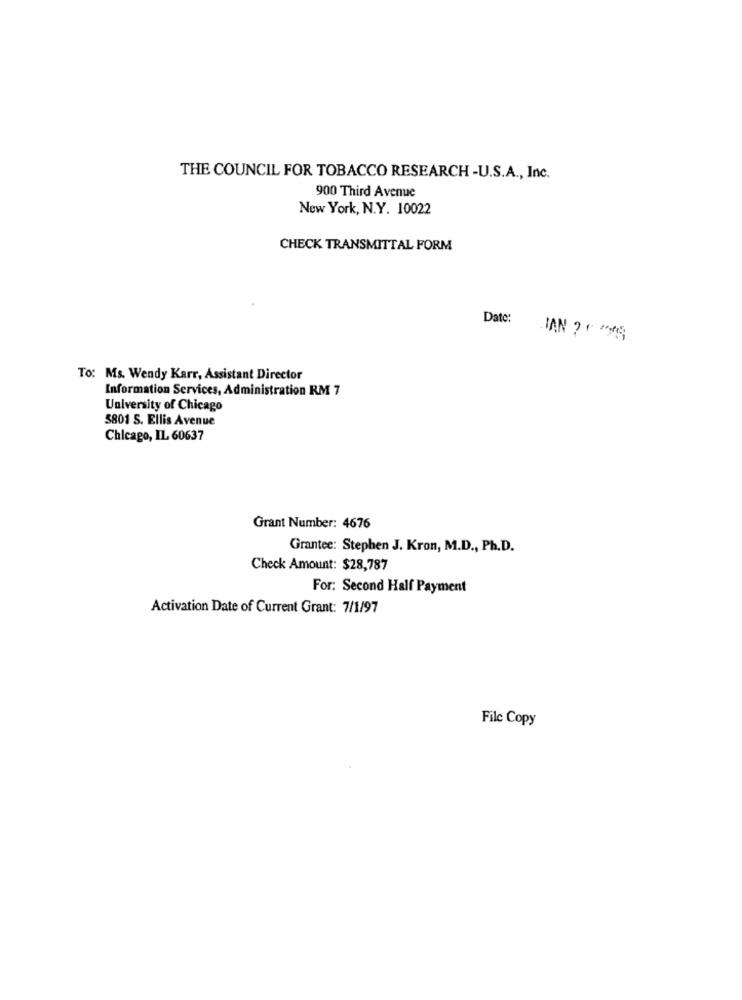
THE COUNCIL FOR TOBACCO RESEARCH -U.S.A ., Inc.
900 Third Avenue
New York, N.Y. 10022
CHECK TRANSMITTAL FORM
Date:
JAN ?* **
To: Ms. Wendy Karr, Assistant Director
Information Services, Administration RM 7
University of Chicago
3801 S. Ellis Avenue
Chicago, IL 60637
Grant Number: 4676
Grantee: Stephen J. Kron, M.D ., Ph.D.
Check Amount: $28,787
For: Second Half Payment
Activation Date of Current Grant: 7/1/97
File Copy